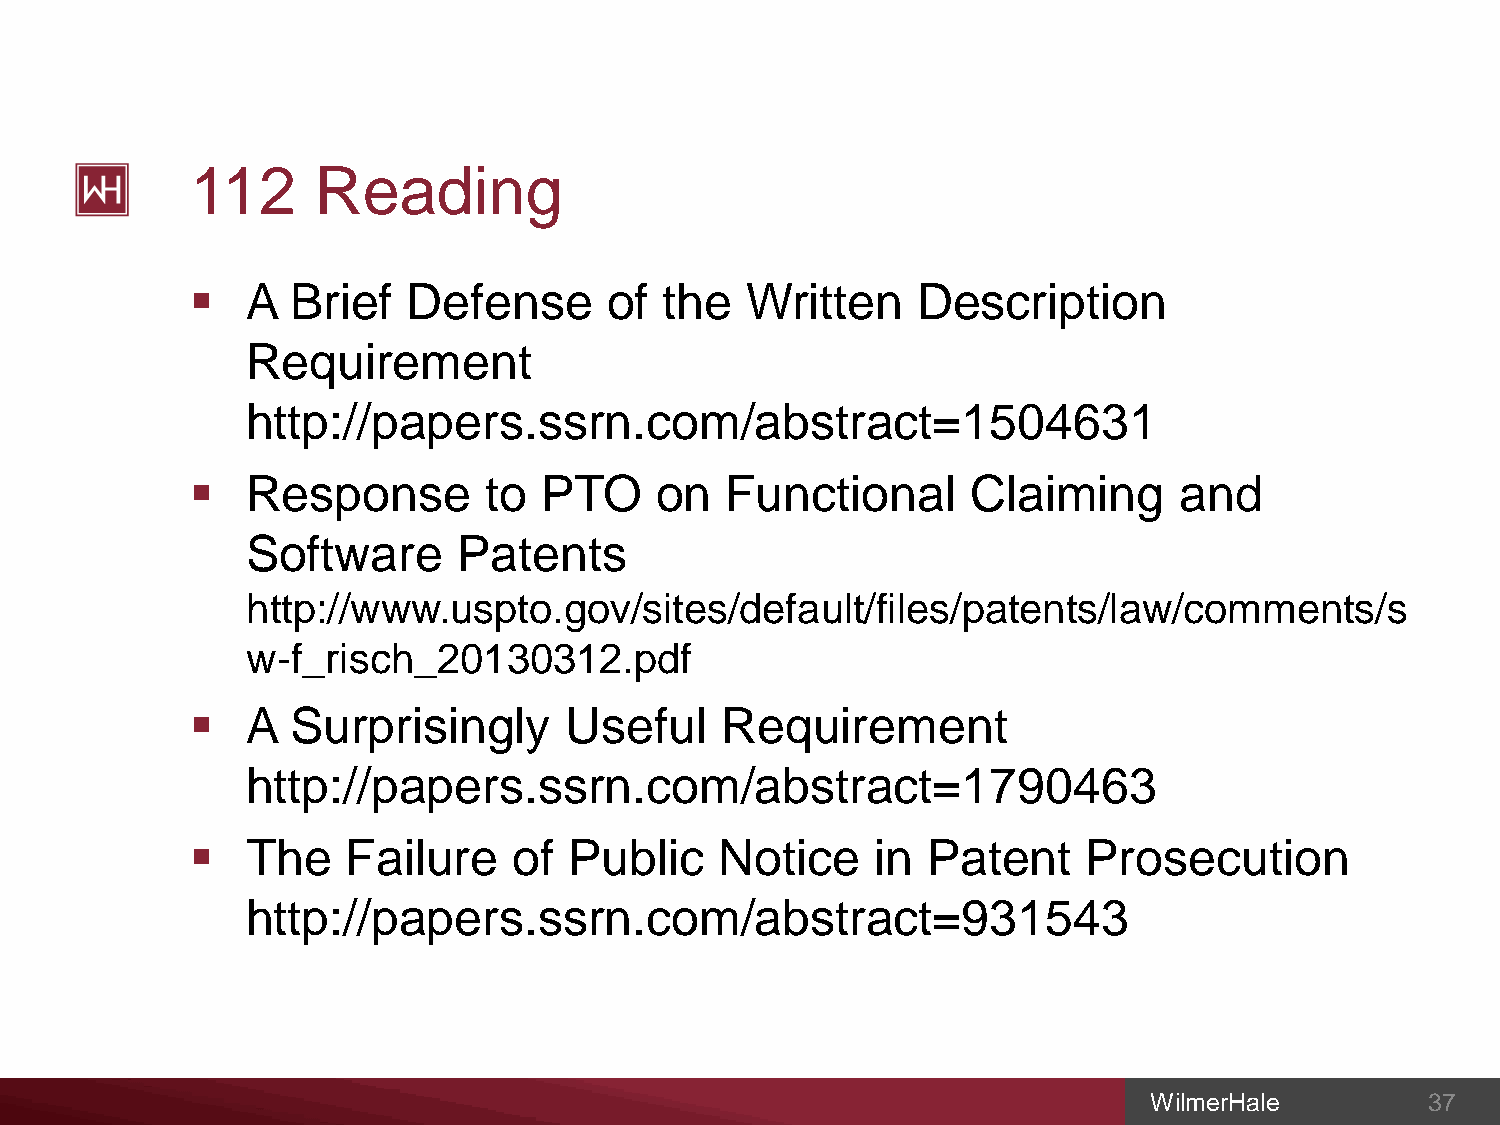
112     Reading
   A  Brief   Defense      of  the  Written     Description
 Requirement
 http://papers.ssrn.com/abstract=1504631
   Response        to  PTO    on   Functional      Claiming      and
 Software      Patents
 http://www.uspto.gov/sites/default/files/patents/law/comments/s
 w-f_risch_20130312.pdf
   A  Surprisingly      Useful     Requirement
 http://papers.ssrn.com/abstract=1790463
   The    Failure    of  Public    Notice    in Patent     Prosecution
 http://papers.ssrn.com/abstract=931543
 WilmerHale         37